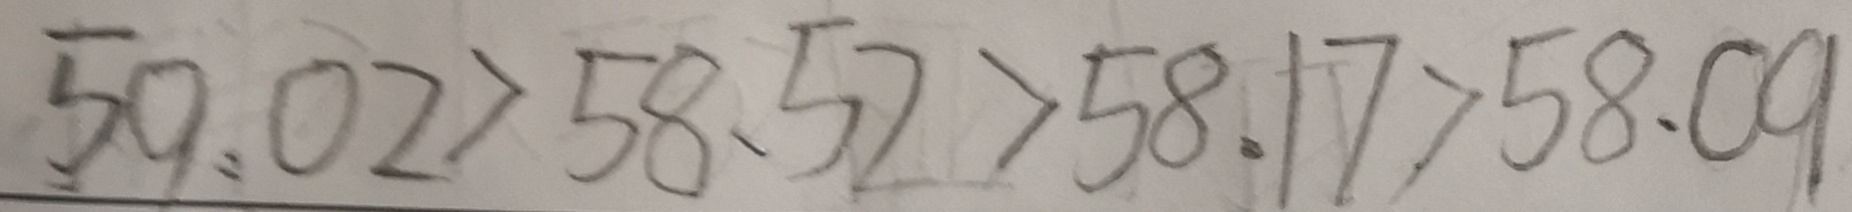
5 9 . 0 2 > 5 8 . 5 2 > 5 8 . 1 7 > 5 8 . 0 9